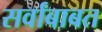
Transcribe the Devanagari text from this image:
सर्वांबाबत